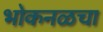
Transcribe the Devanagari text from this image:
भोकनळचा